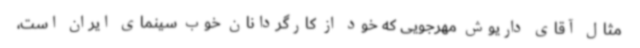
مثال آقای داریوش مهرجویی که خود از کارگردانان خوب سینمای ایران است،